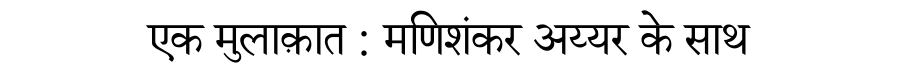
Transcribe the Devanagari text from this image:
एक मुलाक़ात : मणिशंकर अय्यर के साथ